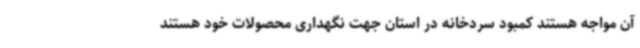
آن مواجه هستند کمبود سردخانه در استان جهت نگهداری محصولات خود هستند